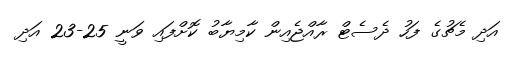
އަދި މެޗުގެ ފަހު ދެސެޓް ރާއްޖެއިން ކާމިޔާބު ކޮށްފައި ވަނީ 25-23 އަދި